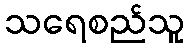
သရေစည်သူ